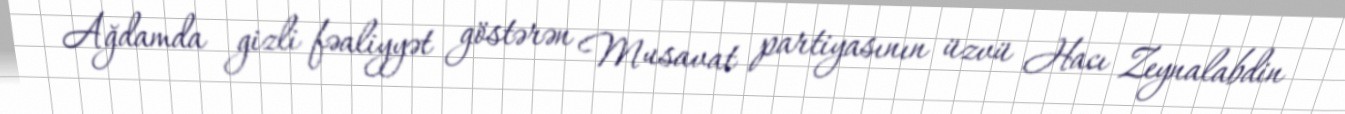
Ağdamda gizli fəaliyyət göstərən Musavat partiyasının üzvü Hacı Zeynalabdin